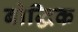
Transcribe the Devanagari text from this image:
बोद्धिक